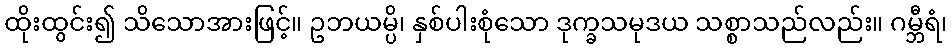
ထိုးထွင်း၍ သိသောအားဖြင့်။ ဥဘယမ္ပိ၊ နှစ်ပါးစုံသော ဒုက္ခသမုဒယ သစ္စာသည်လည်း။ ဂမ္ဘီရံ၊